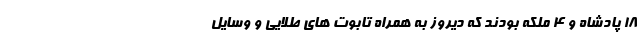
18 پادشاه و 4 ملکه بودند که دیروز به همراه تابوت های طلایی و وسایل